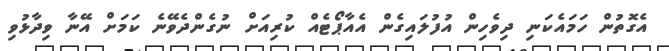
އެގޮތުން ހަމައެކަނި ދިވެހިން އުފުލައިގެން އެއާޕޯޓެއް ކުރިއަށް ނުގެންދެވޭނެ ކަމަށް އޭނާ ވިދާޅުވި